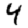
Digit: 4